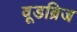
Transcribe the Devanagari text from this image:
वूडब्रिज